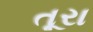
તૂરા